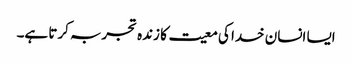
ایسا انسان خدا کی معیت کا زندہ تجربہ کرتا ہے۔